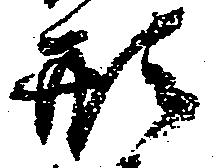
形